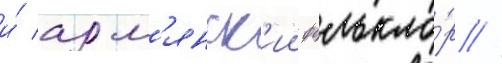
и́ арм'янск'ии фолькло́р //